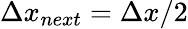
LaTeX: \Delta x_{next}=\Delta x/2